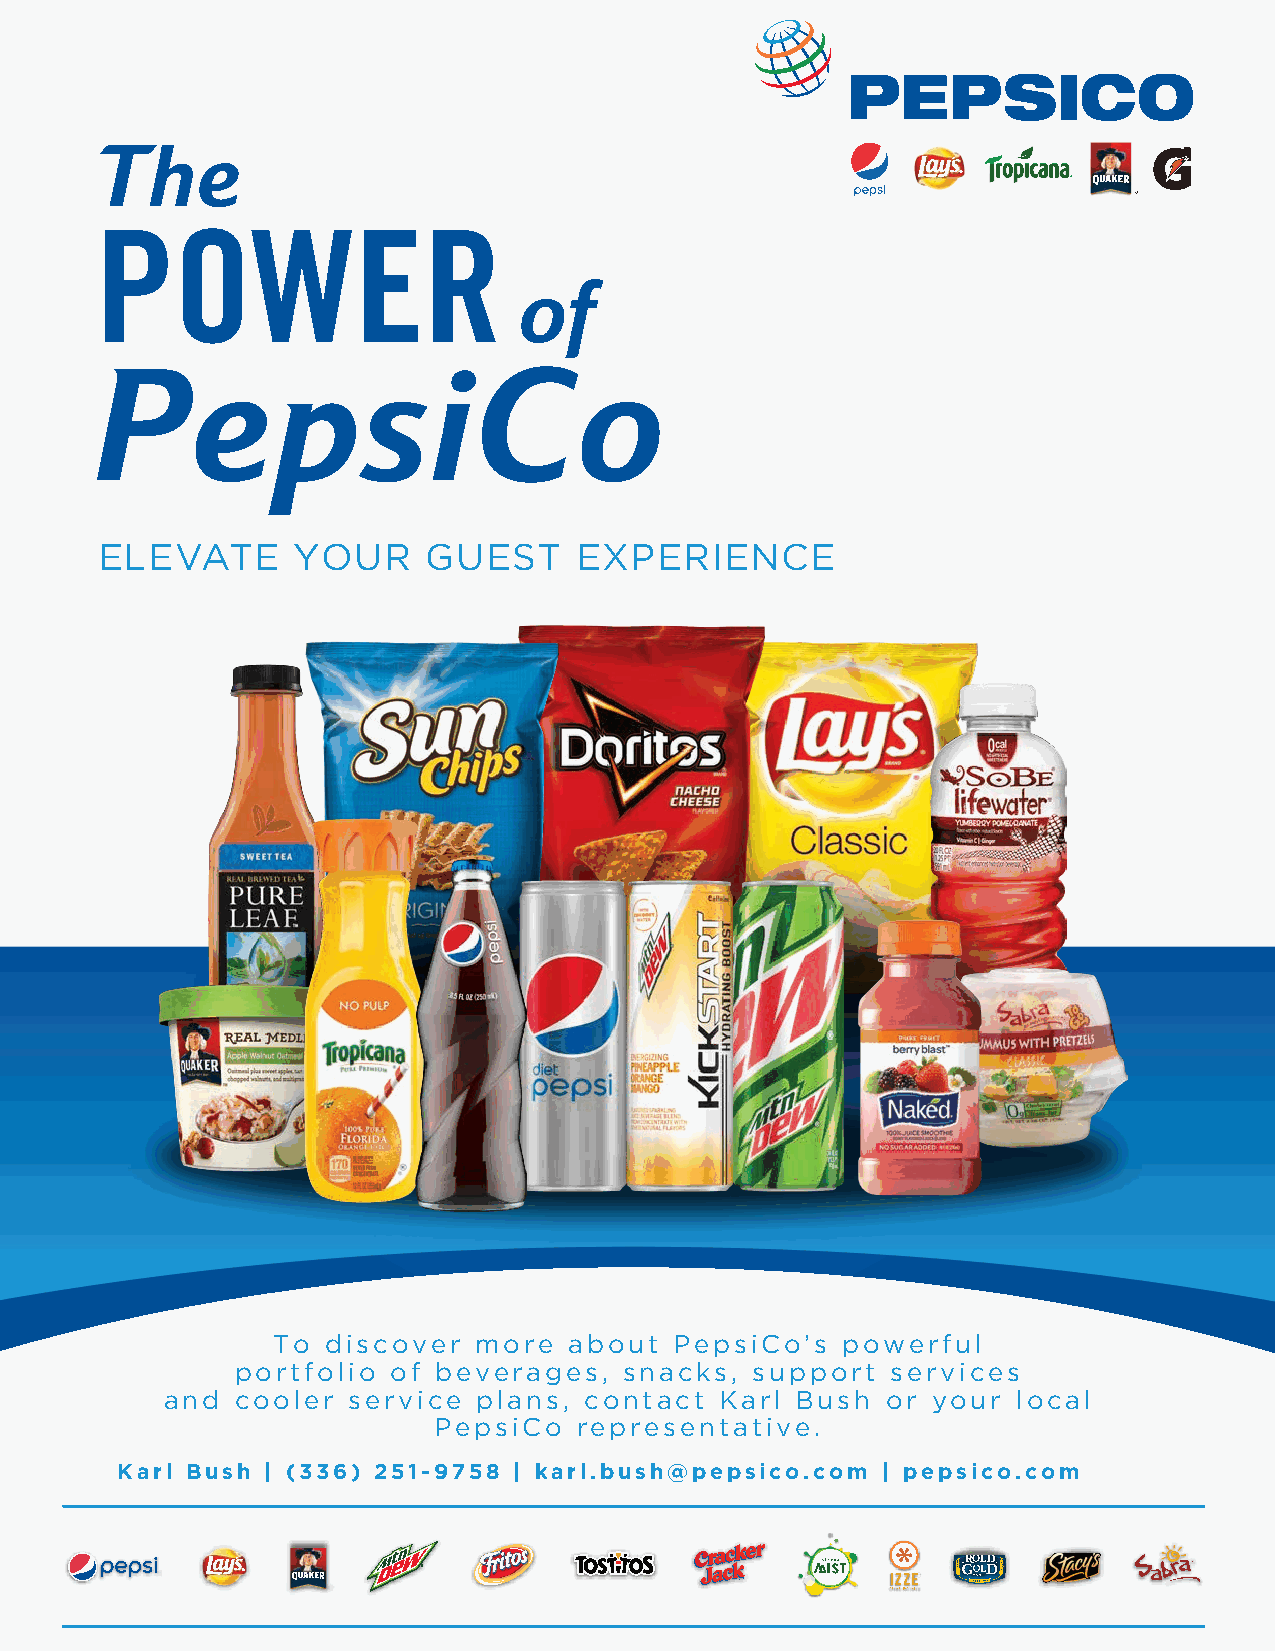
The
 POWER
 of
 PepsiCo
 ELEVATE      YOUR     GUEST     EXPERIENCE
 To  discover more   about  PepsiCo’s  powerful
 portfolio of beverages,  snacks,  support  services
 and  cooler service  plans, contact  Karl Bush  or your local
 PepsiCo  representative.
 Karl Bush | (336) 251-9758 | karl.bush@pepsico.com | pepsico.com